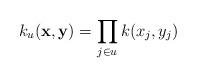
LaTeX: \begin{align*}k_u({\bf x},{\bf y}) = \prod_{j\in u} k(x_j, y_j)\end{align*}